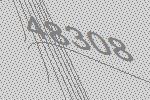
48308